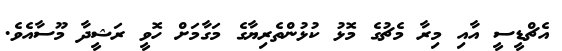
އެޗްޑީސީ އާއި މިރާ މެޗުގެ މޮޅު ކުޅުންތެރިޔާގެ މަގާމަށް ހޮވީ ރަޝީދާ މޫސާއެވެ.